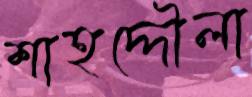
শাহদ্দৌলা